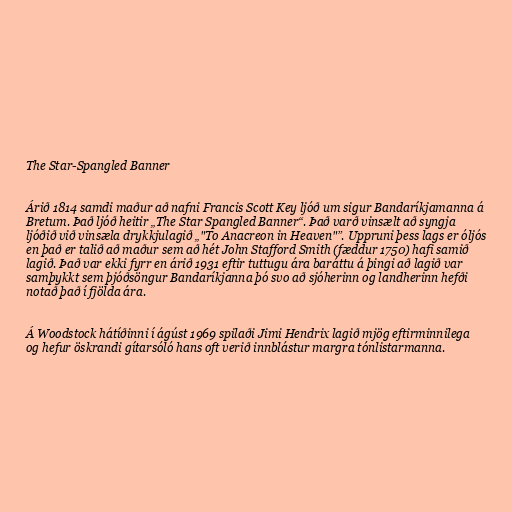
The Star-Spangled Banner

Árið 1814 samdi maður að nafni Francis Scott Key ljóð um sigur Bandaríkjamanna á
Bretum. Það ljóð heitir „The Star Spangled Banner“. Það varð vinsælt að syngja
ljóðið við vinsæla drykkjulagið „"To Anacreon in Heaven"”. Uppruni þess lags er óljós
en það er talið að maður sem að hét John Stafford Smith (fæddur 1750) hafi samið
lagið. Það var ekki fyrr en árið 1931 eftir tuttugu ára baráttu á þingi að lagið var
samþykkt sem þjóðsöngur Bandaríkjanna þó svo að sjóherinn og landherinn hefði
notað það í fjölda ára.

Á Woodstock hátíðinni í ágúst 1969 spilaði Jimi Hendrix lagið mjög eftirminnilega
og hefur öskrandi gítarsóló hans oft verið innblástur margra tónlistarmanna.